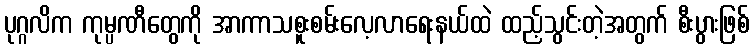
ပုဂ္ဂလိက ကုမ္ပဏီတွေကို အာကာသစူးစမ်းလေ့လာရေးနယ်ထဲ ထည့်သွင်းတဲ့အတွက် စီးပွားဖြစ်